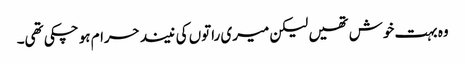
وہ بہت خوش تھیں لیکن میری راتوں کی نیند حرام ہو چکی تھی۔